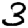
Digit: 3